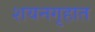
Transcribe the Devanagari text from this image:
शयनगृहात